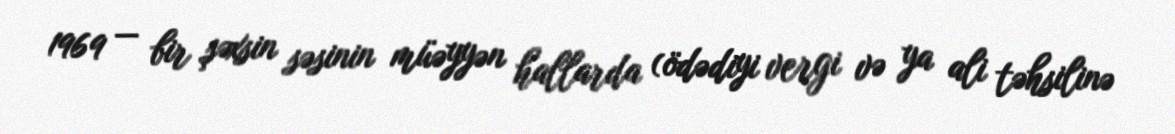
1969 — bir şəxsin səsinin müəyyən hallarda (ödədiyi vergi və ya ali təhsilinə